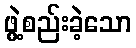
ဖွဲ့စည်းခဲ့သော